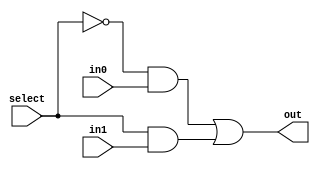
/* 2-input multiplexor */  

module mux2 (in0, in1, select, out);

input in0,in1,select;  
output out;
wire s0,w0,w1; 

not n1 (s0, select);
and a1 (w0, s0, in0);
and a2 (w1, select, in1);
or g3	(out, w0, w1); 

endmodule // mux2